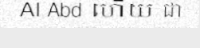
Al Abd ហើយ ជា